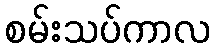
စမ်းသပ်ကာလ